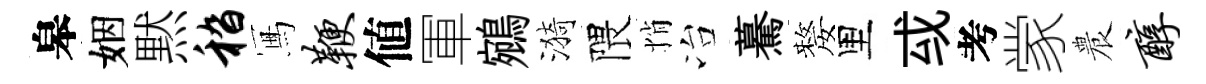
皋姻黙嵇冩鞭値軍鵷漪隈悄冶驀嫠里㦯考䝉農醇